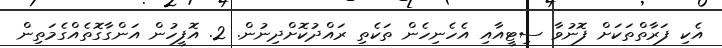
އެކި ފަރާތްތަކަށް ފޮނުވާ ސިޓީއާއި އެހެނިހެން ތަކެތި ރައްދުކޮށްދިނުން. 2. އޮފީހުން އަންގާގޮތެއްގެމަތިން